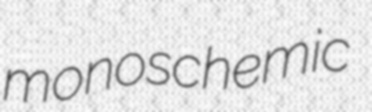
monoschemic